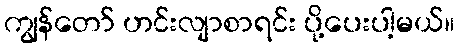
ကျွန်တော် ဟင်းလျာစာရင်း ပို့ပေးပါ့မယ်။